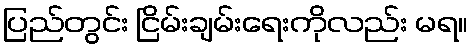
ပြည်တွင်း ငြိမ်းချမ်းရေးကိုလည်း မရ။